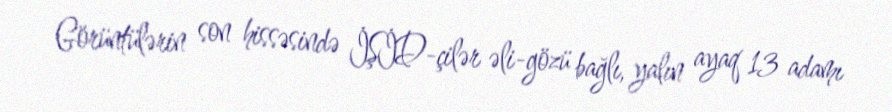
Görüntülərin son hissəsində İŞİD-çilər əli-gözü bağlı, yalın ayaq 13 adamı